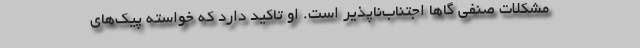
مشکلات صنفی گاها اجتناب‌ناپذیر است. او تاکید دارد که خواسته پیک‌های